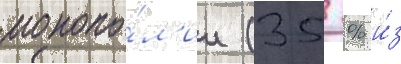
монопо́л'ии (35 % и́з